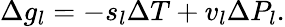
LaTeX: \Delta g_{l}=-s_{l}\Delta T+v_{l}\Delta P_{l}.